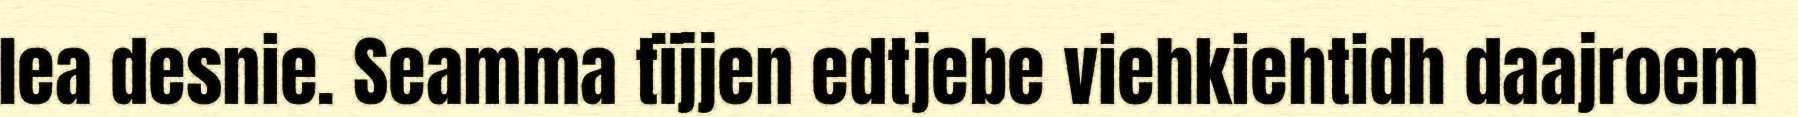
lea desnie. Seamma tïjjen edtjebe viehkiehtidh daajroem